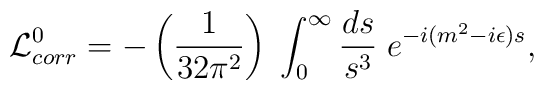
{\cal L}_{corr}^{0}= -\left({1 \over 32 \pi^2}\right)\;\int_{0}^{\infty}{ds \over s^3}\;e^{-i(m^2-i\epsilon)s},